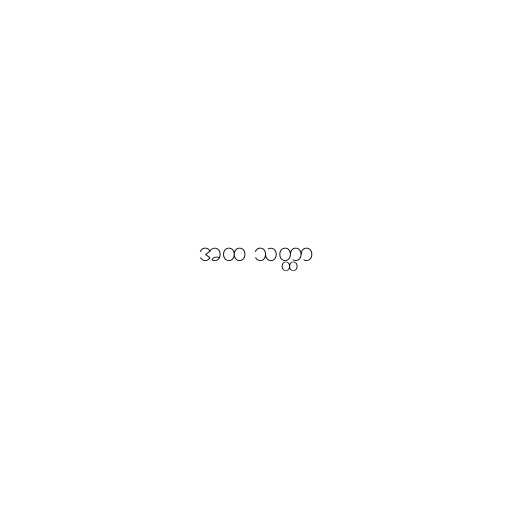
အထ သတ္ထာ